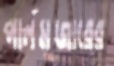
পার্লমুজারের